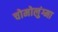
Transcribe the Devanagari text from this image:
चोमोलुंग्मा